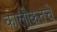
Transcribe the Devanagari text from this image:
कालीकतचे